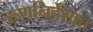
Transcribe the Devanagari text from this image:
ऋणनिर्देशात